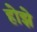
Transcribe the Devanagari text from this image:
होझे